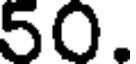
50.